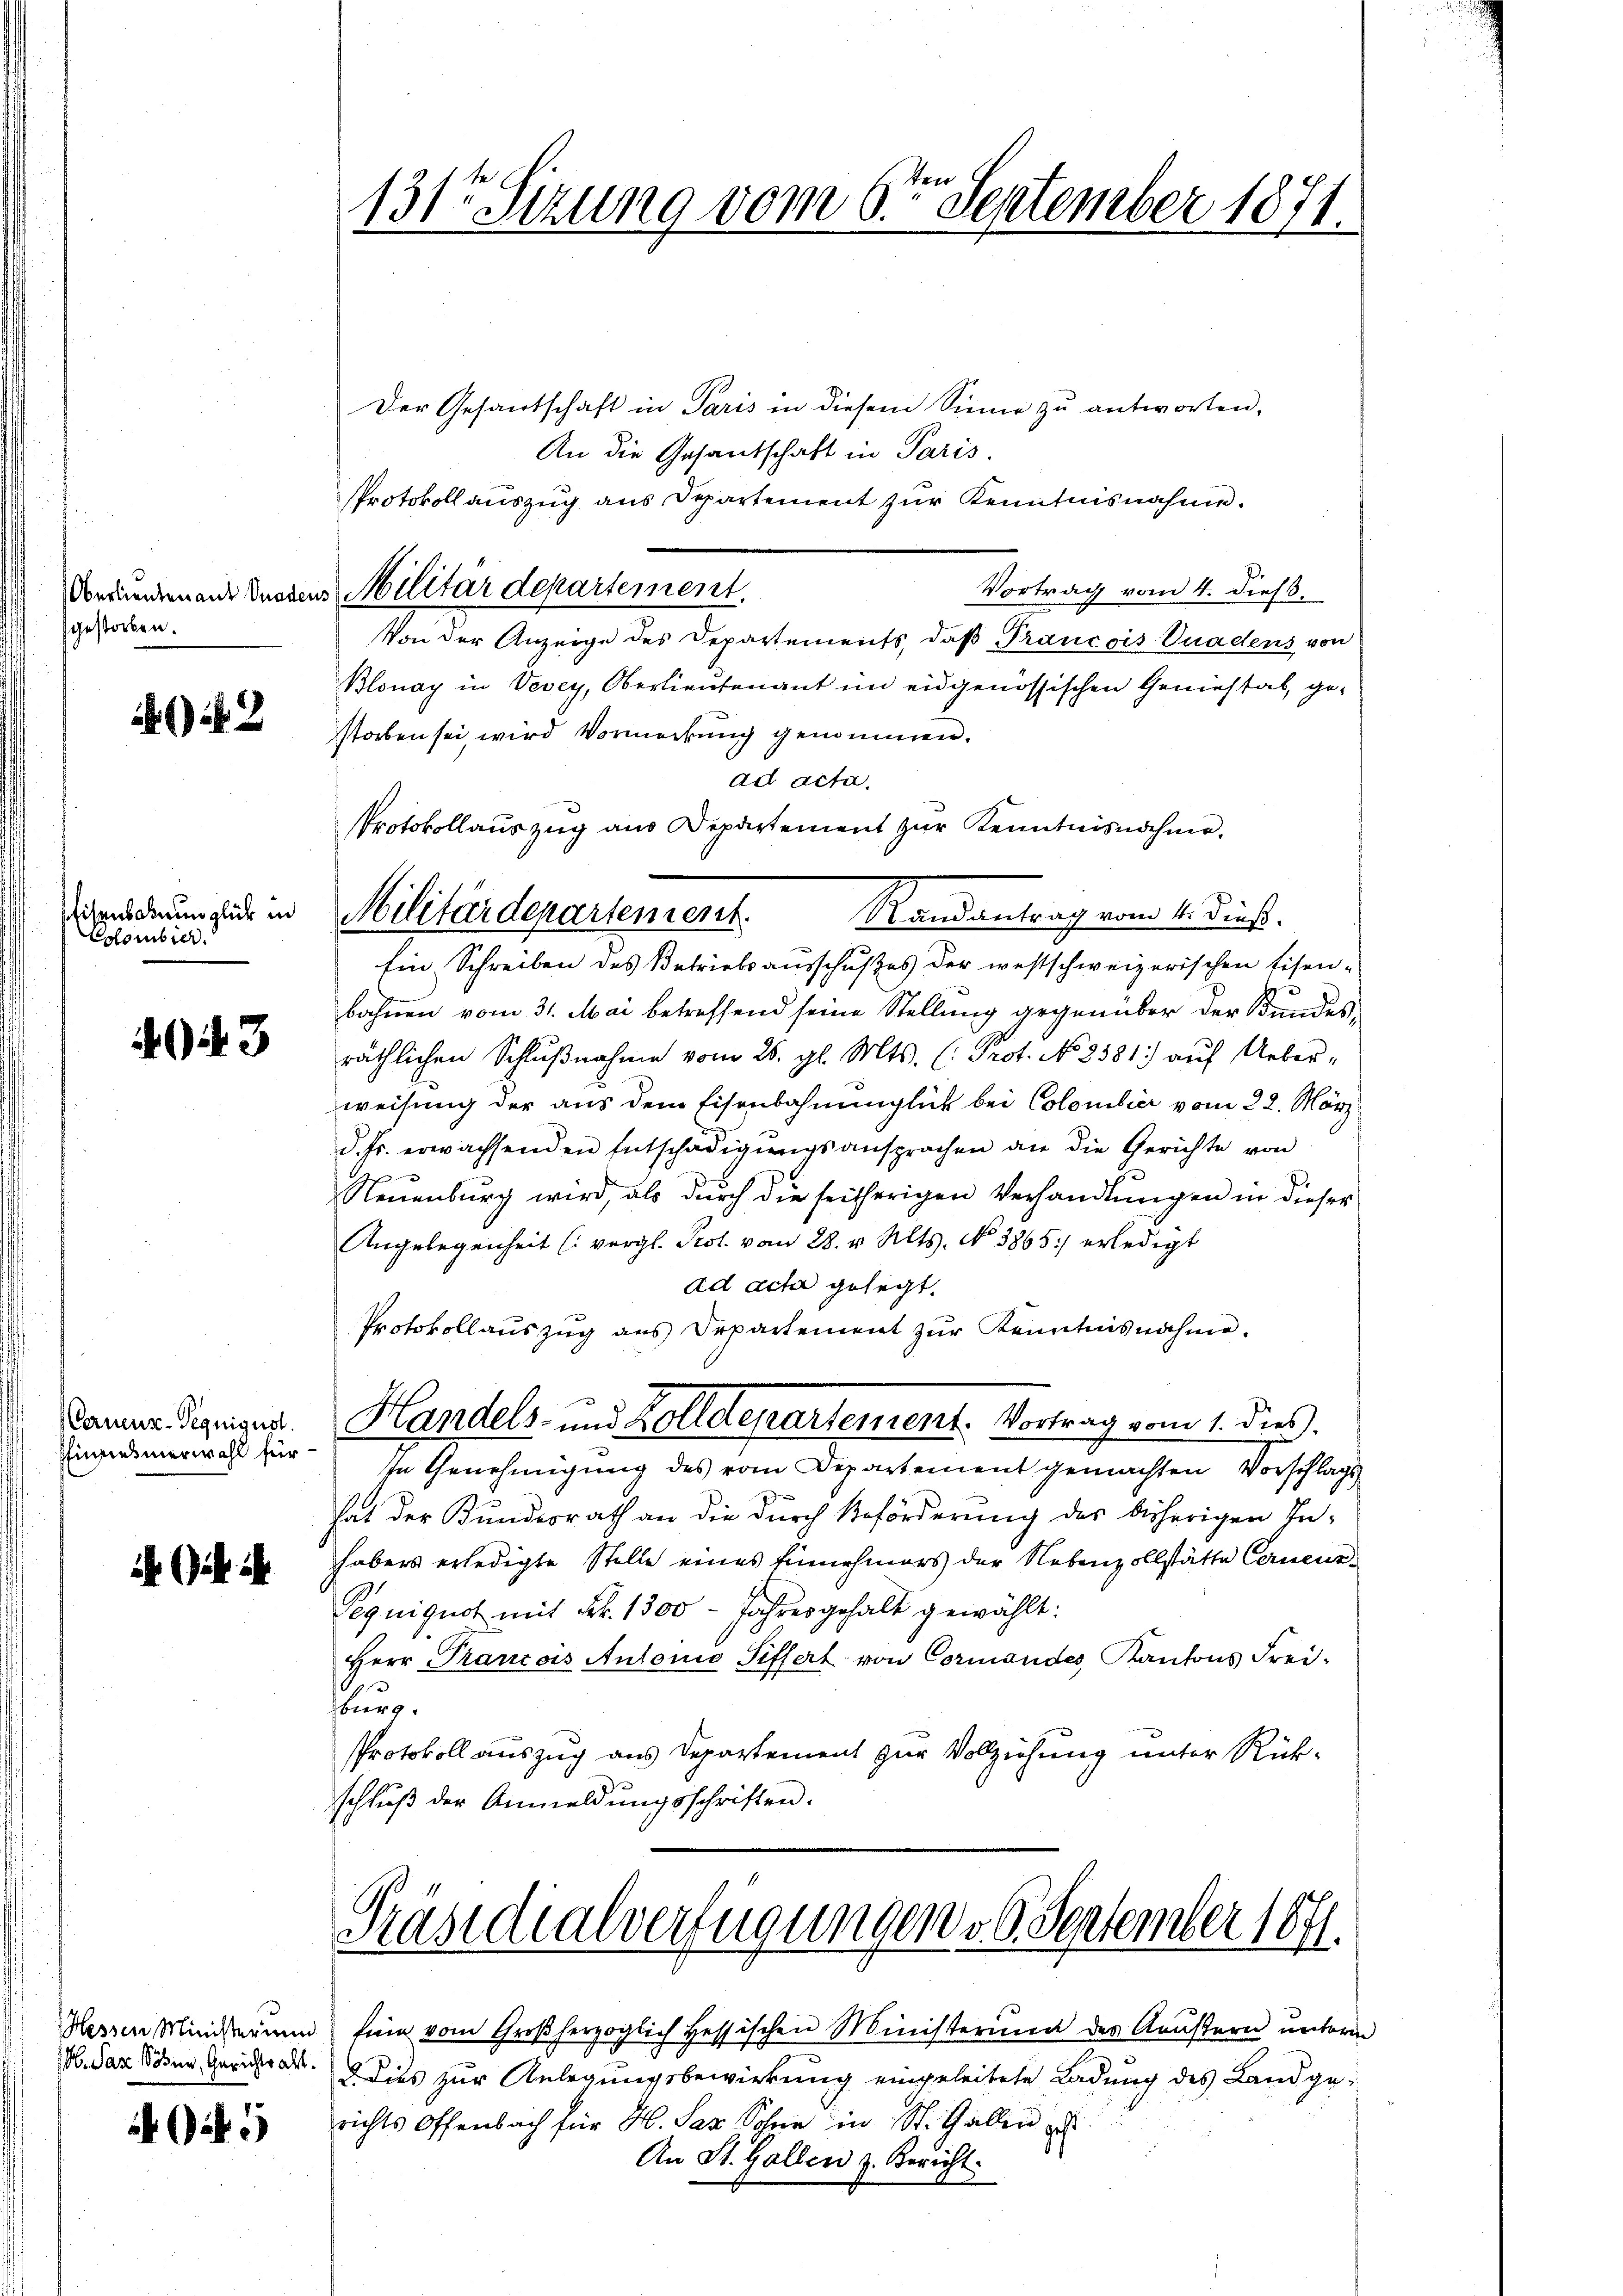
Oberlieuten aus Gnaden
gestorben.

642

fisenbahnunglück in
Eolombier

3

Cernenz-Pequigust.
Einsesmerwahl für

bl. San Sohner, Gerichtsalt.

5

131ten Sizung vom 6ten September 1871.

Der Gesandschaft in Paris in diesem Sinne zu antworten,
An die Gesandschaft in Paris.
Protokollauszug aus Departement zur Kenntnisnahme.
u Militärdepartement.
Vortrag vom 4. dieß.
Von der Anzeige des Departements, daß Francois Vuadens von
Blonay in Vevey, Oberlieutenant im eidgenössischen Geniestab, ge-
storben sei, wird Vormerkung genommen.
ad acta.
Protokollauszug aus Departement zur Kenntnisnahme.
Randantrag vom 4. dieß.
Ein Schreiben des Betriebsausschußes der westschweizerischen Eisen-
bahnen vom 31. Mai betreffend seine Stellung gegenüber der Bundesräthlichen Schlußnahme vom 25. gl. Mts. (: Prot. No 8381) auf Ueber-
weisung der aus dem Eisenbahnunglück bei Colombier vom 22. März
d. fr. erwachsenden Entschädigŭngsansprachen an die Gerichte von
Neŭenbŭrg wird, als dŭrch die seitherigen Verhandlŭngen in dieser
Angelegenheit (vergl. Prot. vom 28. v. Mts. No 3865 erledigt
ad acta gelegt.
Protokollauszug aus Departement zŭr Kenntnisnahme.
Handels- und Zolldepartement. Vortrag vom 1. dies
In Genehmigung des vom Departement gemachten Vorschlags
hat der Bundesrath an die durch Beförderung des bisherigen In-
habers erledigte Stelle eines Einnehmers der Nebenzollstätte Cernenz¬
Pequiguot mit Frk. 1300 - Jahresgehalt gewählt:
Herr Prancois Antonio Siffert von Cormandes Kantons Freistung.
Protokoll auszug aus Departement zur Vollziehung unter Rückschlŭβ der Anmeldŭngsschriften.

Militärdepartement.

Präsidialverfügungen v. 6. September 1871.

richts Offenbach für H. San Sohne in St. Gallen z
An St. Gallen z. Bericht.

Hessen Minderung fin vom Großherzoglich Hessischen Ministerium des Aeustern unterm
d dies zur Anlegungsbewirkung eingeleitete Ladung des Land ge¬